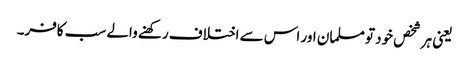
یعنی ہر شخص خود تو مسلمان اور اس سے اختلاف رکھنے والے سب کافر۔